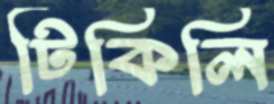
টিকিলি